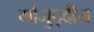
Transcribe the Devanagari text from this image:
मौजुद्दीन